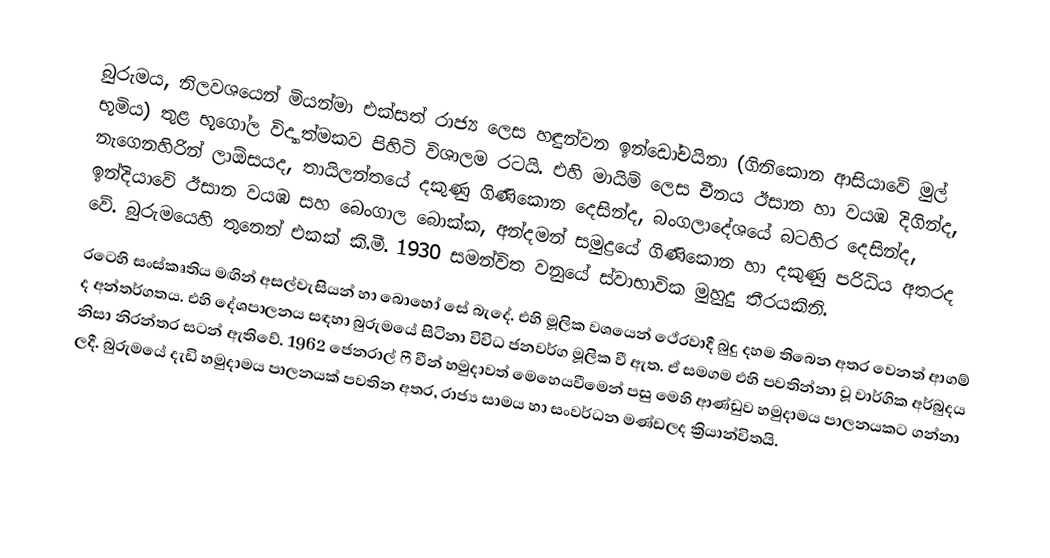
බුරුමය, නිලවශයෙන් මියන්මා එක්සත් රාජ්‍ය ලෙස හඳුන්වන ඉන්ඩෝචයිනා (ගිනිකොන ආසියාවේ මුල් භූමිය) තුළ භූගෝල විද්‍යාත්මකව පිහිටි විශාලම රටයි. එහි මායිම් ලෙස චීනය ඊසාන හා වයඹ  දිගින්ද, නැගෙනහිරින් ලාඕසයද, තායිලන්තයේ දකුණු ගිණිකොන දෙසින්ද, බංගලාදේශයේ බටහිර දෙසින්ද, ඉන්දියාවේ ඊසාන වයඹ සහ බෙංගාල බොක්ක, අන්දමන් සමුද්‍රයේ ගිණිකොන හා දකුණු පරිධිය අතරද වේ. බුරුමයෙහි තුනෙන් එකක් කි.මී. 1930 සමන්විත වනුයේ ස්වාභාවික මුහුදු තීරයකිනි.
රටෙහි සංස්කෘතිය මඟින් අසල්වැසියන් හා බොහෝ සේ බැදේ. එහි මූලික වශයෙන් ථේරවාදී බුදු දහම තිබෙන අතර වෙනත් ආගම් ද අන්තර්ගතය. එහි දේශපාලනය සඳහා බුරුමයේ සිටිනා විවිධ ජනවර්ග මූලික වී ඇත. ඒ සමගම එහි පවතින්නා වූ වාර්ගික අර්බුදය නිසා නිරන්තර සටන් ඇතිවේ. 1962 ජෙනරාල් ෆී වීන් හමුදාවත් මෙහෙයවීමෙන් පසු මෙහි ආණ්ඩුව හමුදාමය පාලනයකට ගන්නා ලදී. බුරුමයේ දැඩි හමුදාමය පාලනයක් පවතින අතර, රාජ්‍ය සාමය හා සංවර්ධන මණ්ඩලද ක්‍රියාන්විතයි.